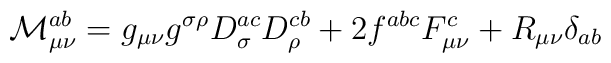
{\cal M}_{\mu\nu}^{ab}=g_{\mu\nu}g^{\sigma\rho}D^{ac}_{\sigma}D^{cb}_{\rho}+2f^{abc}F_{\mu\nu}^{c}+R_{\mu\nu}\delta_{ab}